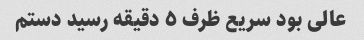
عالی بود سریع ظرف ٥ دقیقه رسید دستم